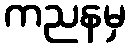
ကညနမှ